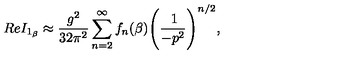
R e I _ { 1 _ { \beta } } \approx \frac { g ^ { 2 } } { 3 2 \pi ^ { 2 } } \sum _ { n = 2 } ^ { \infty } f _ { n } ( \beta ) \Bigg ( \frac { \: 1 } { - p ^ { 2 } } \Bigg ) ^ { n / 2 } ,